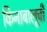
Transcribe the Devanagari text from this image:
किनाबालूची